Vital statistics of India. Vol. IV, Annual returns from 1871 to 1876. British Army of India, Native Army and jails of Bengal
Year: 1871
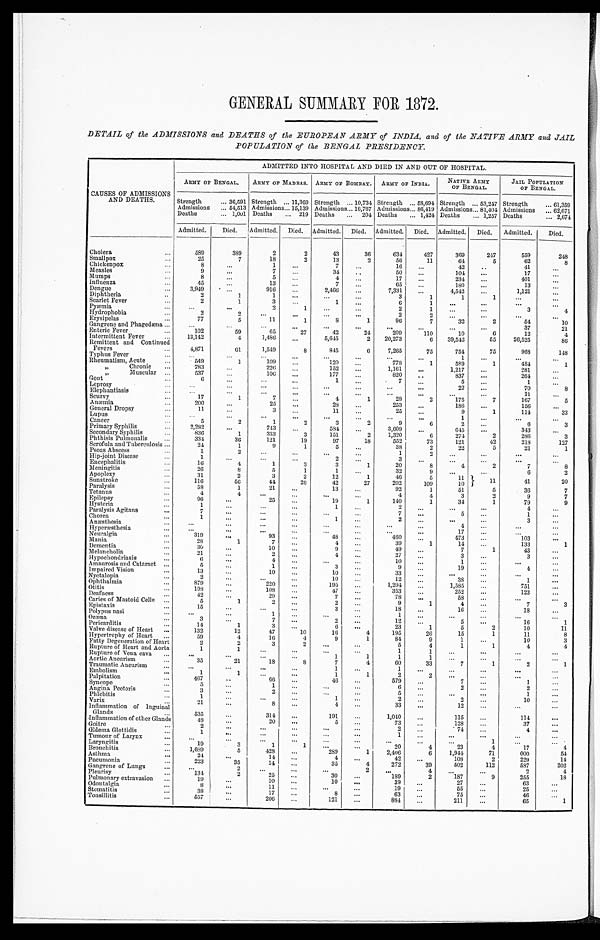
GENERAL SUMMARY FOR 1872.
DETAIL of the ADMISSIONS and DEATHS of the EUROPEAN ARMY of INDIA, and of the NATIVE ARMY and JAIL
POPULATION of the BENGAL PRESIDENCY
CAUSES OF ADMISSIONS
AND DEATHS.
ADMITTED INTO HOSPITAL AND DIED IN AND OUT OF HOSPITAL.
ARMY OF BENGAL.
ARMY OF MADRAS. ARMY OF BOMBAY.
ARMY OF INDIA.
NATIVE ARMY
OF BENGAL.
JAIL POPULATION
OF BENGAL.
Strength . . . 36,591 Strength . . . 11,369 Strength . . . 10,734 Strength . . . 53,694 Strength . . . 53,247 Strength . . . 61,359
Admissions . . . 54,513 Admissions . . . 15,139 Admissions . . . . . . 16,767 Admissions . . . 86,419 Admissions . . . 81,404 Admissions . . . 62,671
Deaths . . . 1,001 Deaths . . . 219 Deaths . . .
204 Deaths . . . 1,424 Deaths . . . 1,257 Deaths . . . 2,674
Admitted.
Died.
Admitted.
Died.
Admitted.
Died.
Admitted.
Died.
Admitted.
Died.
Admitted.
Died.
Cholera . . .
589
389
2
2
43
36
634
427
369
247
559
248
25
7
18
2
13
2
56
11
64
5
62
8
Smallpox . . .
8
. . .
1
. . .
7
. . .
16
. . .
42
. . .
41
. . .
Chickenpox . . .
Measles . . .
9
. . .
7
. . .
34
. . .
50
. . .
1 0 4
. . .
17
. . .
Mumps . . .
8
. . .
5
. . .
4
. . .
17
. . .
234
. . .
401
. . .
45
. . .
13
. . .
7
. . .
65
. . .
180
. . .
13
. . .
Influenza . . .
Dengue . . .
3,949
. . .
916
. . .
2,466
. . .
7,331
. . .
4,542
. . .
1,121
. . .
Diphtheria . . .
2
1
1
. . .
. . .
. . .
3
1
1
1
. . .
. . .
Scarlet Fever . . .
2
1
3
. . .
1
. . .
6
1
. . .
. . .
. . .
. . .
Pyæmia . . .
. . .
. . .
2
1
. . .
. . .
2
1
. . .
. . .
3
4
Hydrophobia . . .
2
2
. . .
. . .
. . .
. . .
2
2
. . .
. . .
. . .
. . .
Erysipelas . . .
77
5
11
1
8
1
96
7
32
2
54
10
Gangrene and Phagedæna . . .
. . .
. . .
. . .
. . .
. . .
. . .
. . .
. . .
. . .
. . .
37
21
Enteric Fever . . .
102
59
65
27
42
24
209
110
10
6
12
4
Intermittent Fever . . .
13,142
4
1,486
. . .
5,,645
2
20,273
6
39,542
55
26,525
86
Remittent and Continued
Fevers . . .
4,871
61
1,549
8
845
6
7,265
75
754
75
968
148
Typhus Fever . . .
. . .
. . .
. . .
. . .
. . .
. . .
. . .
. . .
1
. . .
. . .
. . .
Rheumatism Acute . . .
549
1
109
. . .
120
. . .
778
1
589
1
484
1
" C h r o n i c . . .
783
. . .
226
. . .
152
. . .
1,161
. . .
1,217
. . .
281
. . .
" M u s c u l a r . . .
537
. . .
106
. . .
177
. . .
820
. . .
837
. . .
264
. . .
Gout . . .
6
. . .
. . .
. . .
1
. . .
7 . . .
5
. . .
1
. . .
Leprosy . . .
. . .
. . .
. . .
. . .
. . .
. . .
. . .
. . .
22
. . .
70
8
Elephantiasis . . .
. . .
. . .
. . .
. . .
. . .
. . .
. . .
. . .
. . .
. . .
11
. . .
Scurvy . . .
17
1
7
. . .
4
1
28
2
175
7
167
5
Anæmia . . .
200
. . .
25
. . .
28
. . .
253
. . .
186
. . .
156
. . .
General Dropsy . . .
11
. . .
3
. . .
11
. . .
25
. . .
9
1
114
33
Lupus . . .
. . .
. . .
. . .
. . .
. . .
. . .
. . .
. . .
1
. . .
. . .
. . .
Cancer . . .
5
2
1
2
3
2
9
6
2
. . .
6
3
Primary Syphilis . . .
2,282
. . .
743
. . .
584
. . .
3,609
. . .
645
. . .
343
. . .
Secondary Syphilis . . .
836
1
333
3
151
2
1,320
6
274
2
286
3
Phthisis Pulmonalis . . .
334
36
121
19
97
18
552
73
121
42
218
127
Scrofula and Tuberculosis . . .
24
1
9
1
5
. . .
38
2
22
5
21
1
Psoas Abscess . . .
1
2
. . .
. . .
. . .
. . .
1
2
. . .
. . .
. . .
. . .
Hip-joint Disease . . .
1
. . .
. . .
. . .
2
. . .
3
. . .
. . .
. . .
. . .
. . .
Encephalitis . . .
16
4
1
3
3
1
20
8
4
2
7
8
Meningitis . . .
26
8
5
1
1
. . .
32
9
. . .
. . .
6
2
Apoplexy . . .
31
2
3
2
12
1
46
5
11
11
41
20
Sunstroke . . .
116
56
44
26
42
27
202
109
10
Paralysis . . .
58
1
21
. . .
13
. . .
92
1
51
5
36
7
T e t a n u s . . .
4
4
. . .
. . .
. . .
. . .
4
4
3
2
9
7
Epilepsy . . .
96
. . .
25
. . .
19
1
140
1
34
1
79
9
Hysteria . . .
1
. . .
. . .
. . .
1
. . .
2
. . .
. . .
. . .
4
. . .
Paralysis Agitans . . .
7
. . .
. . .
. . .
. . .
. . .
7
. . .
5
. . .
1
. . .
Chorea . . .
1
. . .
. . .
. . .
1
. . .
2
. . .
. . .
. . .
3
. . .
A n æ s t h e s i a . . .
. . .
. . .
. . .
. . .
. . .
. . .
. . .
. . .
4
. . .
. . .
. . .
Hyperæsthesia . . .
. . .
. . .
. . .
. . .
. . .
. . .
. . .
. . .
17
. . .
. . .
. . .
Neuralgia . . .
319
. . .
93
. . .
4 8
. . .
4 6 0
. . .
473
. . .
103
. . .
Mania . . .
28
1
7
. . .
4
. . .
39
1
14
. . .
133
1
Dementia . . .
3 0
. . .
10
. . .
9
. . .
49
. . .
7
1
43
. . .
Melancholia . . .
21
. . .
2
. . .
4
. . .
27
. . .
3
. . .
3
. . .
Hypochondriasis . . .
6
. . .
4
. . .
. . .
. . .
10
. . .
1
. . .
. . .
. . .
Amaurosis and Cataract . . .
5
. . .
1
. . .
3
. . .
9
. . .
19
. . .
4
. . .
Impaired Vision . . .
13
. . .
10
. . .
10
. . .
33
. . .
. . .
. . .
. . .
. . .
Nyctalopia . . .
2
. . .
. . .
. . .
10
. . .
12
. . .
38
. . .
1
. . .
Ophthalmia . . .
879
. . .
220
. . .
195
. . .
1,294
. . .
1,585
. . .
751
. . .
Otitis . . .
198
. . .
108
. . .
47
. . .
353
. . .
252
. . .
123
. . .
Deafness . . .
42
. . .
29
. . .
7
. . .
78
. . .
58
. . .
. . .
. . .
Caries of Mastoid Cells . . .
5
1
2
. . .
2
. . .
9
1
4
. . .
7
3
Epistaxis . . .
15
. . .
. . .
. . .
3
. . .
18
. . .
16
. . .
18
. . .
Polypus nasi . . .
. . .
. . .
1
. . .
. . .
. . .
1
. . .
. . .
. . .
. . .
. . .
Ozœna . . .
3
. . .
7
. . .
2
. . .
12
. . .
5
. . .
16
1
Pericarditis . . .
14
1
3
. . .
6
. . .
23
1
5
2
10
11
Valve disease of Heart . . .
132
12
47
10
16
4
195
26
15
1
11
8
Hypertrophy of Heart . . .
59
4
16
4
9
1
84
9
1
. . .
10
3
Fatty Degeneration of Heart . . .
2
2
3
2
. . .
. . .
5
4
1
1
4
4
Rupture of Heart and Aorta . . .
1
1
. . .
. . .
. . .
. . .
1
1
. . .
. . .
. . .
. . .
Rupture of Vena cava . . .
. . .
. . .
. . .
. . . . . .
1
1
1
1
. . .
. . .
. . .
. . .
Aortic Aneurism . . .
35
21
18
8
7
4
60
33
7
1
2
1
Traumatic Aneurism . . .
. . .
. . .
. . .
. . .
1
. . .
1
. . .
. . .
. . .
. . .
. . .
Embolism . . .
1
1
. . .
. . .
1
1
2
2
. . .
. . .
. . .
. . .
Palpitation . . .
467
. . .
6 6
. . .
46
. . .
579
. . .
7
. . .
1
. . .
Syncope . . .
5
. . .
1
. . .
. . .
. . .
6
. . .
2
. . .
2
. . .
Angina Pectoris . . .
.
3
. . .
2
. . .
. . .
. . .
5
. . .
. . .
. . .
1
. . .
Phlebitis . . .
1
. . .
. . .
. . .
1
. . .
2
. . .
2
. . .
10
. . .
Varix . . ..
21
. . .
8
. . .
4
. . .
33
. . .
12
. . .
. . .
. . .
Inflammation of lnguinal
Glands . . .
5 3 5
. . .
314
. . .
191
. . .
1,040
. . .
115
. . .
114
. . .
Inflammation of other Glands
48
. . .
20
. . .
5
. . .
73
. . .
128
. . .
37
. . .
Goitre . . .
2
. . .
. . .
. . .
. . .
. . .
2
. . .
74
. . .
4
. . .
Œdema Glottides . . .
1
. . .
. . .
. . .
. . .
. . .
1
. . .
. . .
. . .
. . .
. . .
Tumour of Larynx . . .
. . .
. . .
. . .
. . .
. . .
. . .
. . .
. . .
. . .
1
. . .
. . .
Laryngitis . . .
19
3
1
1
. . .
. . .
20
4
23
4
17
4
Bronchitis . . .
1 , 6 8 9
5
428
. . .
289
1
2,406
6
1,944
71
000
54
Asthma . . .
24
. . .
14
. . .
4
. . .
42
. . .
108
2
229
14
Pneumonia . . .
223
35
14
. . .
35
4
272
39
502
112
587
202
Gangrene of Lungs . . .
. . .
2
. . .
. . .
. . .
2
. . .
4
. . .
. . .
2
4
Pleurisy . . .
134
2
25
. . .
30
. . .
189
2
187
9
255
18
Pulmonary extravasion . . .
19
. . .
10
. . .
10
. . .
39
. . .
27
. . .
63
. . .
Odontalgia . . .
8
. . .
11
. . .
. . .
. . .
19
. . .
55
. . .
25
. . .
Stomatitis
38
. . .
17
. . .
8
. . .
63
. . .
75
. . .
46
. . .
Tonsillitis . . .
557
. . .
206
. . .
121
. . .
884
. . .
211
. . .
65
1